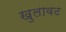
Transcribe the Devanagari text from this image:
खुलावट